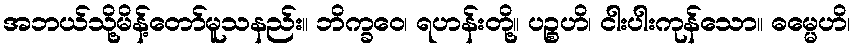
အဘယ်သို့မိန့်တော်မူသနည်း။ ဘိက္ခဝေ၊ ရဟန်းတို့။ ပဉ္စဟိ၊ ငါးပါးကုန်သော။ ဓမ္မေဟိ၊